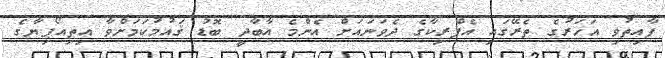
ފާއިތުވި އަހަރުގެ ތެރޭގައި އެފްރިކާގެ ދެވަނައަށް އެންމެ އާބާދީ ބޮޑު ޤައުމުކަމަށްވާ އިތިއޯޕިޔާގެ